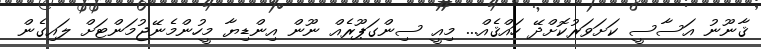
ޤާނޫނު އަސާސީ ކަށަވަރުކޮށްދޭ ހައްޤެއް... މިއީ ސިންގަޕޫރެއް ނޫން އިންޑިޔާ މީހުންމެނޭޖުމަންޓަށް ލައިގެން